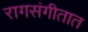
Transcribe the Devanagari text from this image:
रागसंगीतात